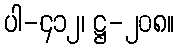
ပါ-၄၁၂၊ ဋ္ဌ-၂၀၈။